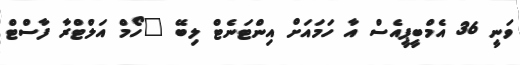
ވަނީ 36 އެމްބީޕީއެސް އާ ހަމައަށް އިންޓަނެޓް ލިބޭ "ހޯމް އަލްޓްރާ ފާސްޓް